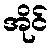
အိုင်